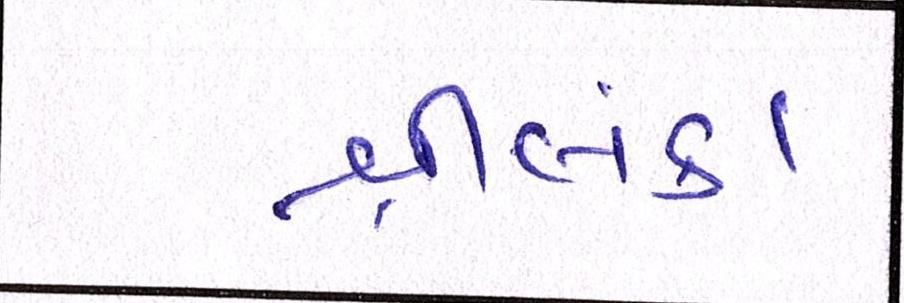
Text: શ્રીલંકા